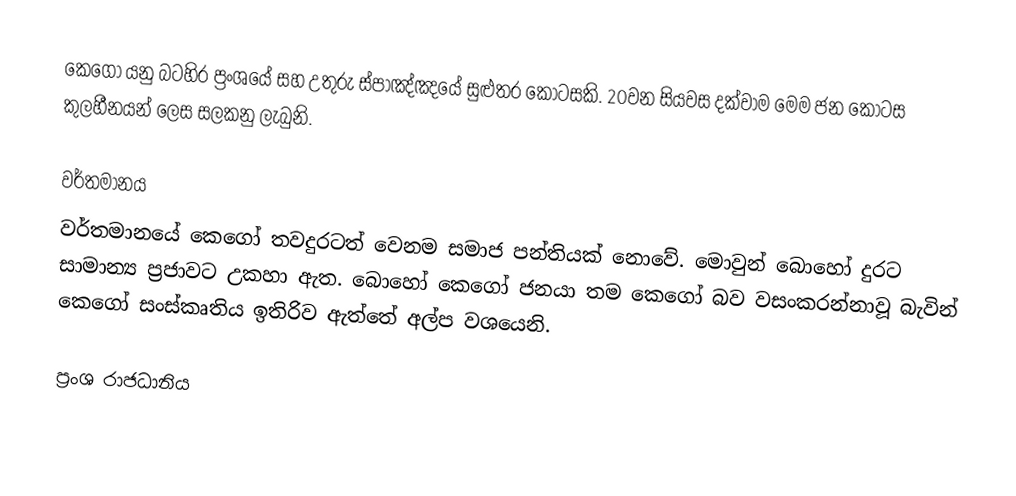
කෙගෝ යනු බටහිර ප්‍රංශයේ සහ උතුරු ස්පාඤ්ඤයේ  සුළුතර කොටසකි. 20වන සියවස දක්වාම මෙම ජන කොටස කුලහීනයන්  ලෙස සලකනු ලැබුනි.

වර්තමානය
වර්තමානයේ කෙගෝ තවදුරටත් වෙනම සමාජ පන්තියක් නොවේ. මොවුන් බොහෝ දුරට සාමාන්‍ය ප්‍රජාවට උකහා ඇත. බොහෝ කෙගෝ ජනයා තම කෙගෝ බව වසංකරන්නාවූ බැවින් කෙගෝ සංස්කෘතිය ඉතිරිව ඇත්තේ අල්ප වශයෙනි.

ප්‍රංශ රාජධානිය